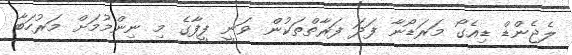
ލެޖެންޑް ޑިއެގޯ މަރަޑޯނާ ފަދަ ފަރާތްތަކުން ވަނީ ފީފާގެ މި ނިންމުމަށް މަރުހަބާ